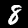
Label: 8